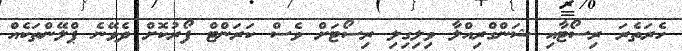
ހެރަތެރަ ރިސޯޓާއި ޝަންގްރިއްލާ ވިލިގިލި ރިސޯޓަށް ވެސް ކަރަންޓް ފޯރުކޮށް ދެވޭނެ ޕްލޭންތަކެއް